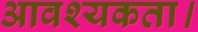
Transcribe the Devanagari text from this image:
आवश्‍यकता।